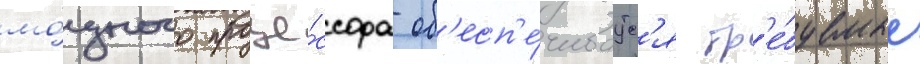
мо́щного проце́ссора об'есп'е́чиваутс'я тр'е́буемые